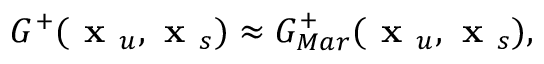
G ^ { + } ( \textbf { x } _ { u } , \textbf { x } _ { s } ) \approx G _ { M a r } ^ { + } ( \textbf { x } _ { u } , \textbf { x } _ { s } ) ,